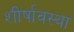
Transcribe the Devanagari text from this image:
शीर्षावस्था